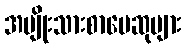
အမျိုးသားစာပေဆုများ